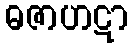
ဓဇာဟဋာ